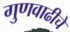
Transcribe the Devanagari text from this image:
गुणवाढीचे